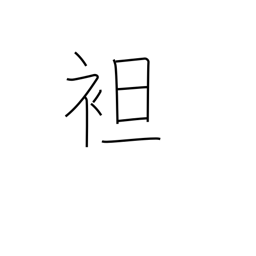
Meaning: strip to waist